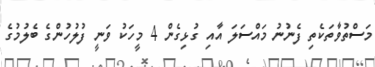
މަސްތުވާތަކެތި ފެނުނު މައްސަލަ އާއި ގުޅިގެން 4 މީހަކު ވަނީ ފުލުހުންގެ ބެލުމުގެ